Civil Veterinary Department ledger series I-VI
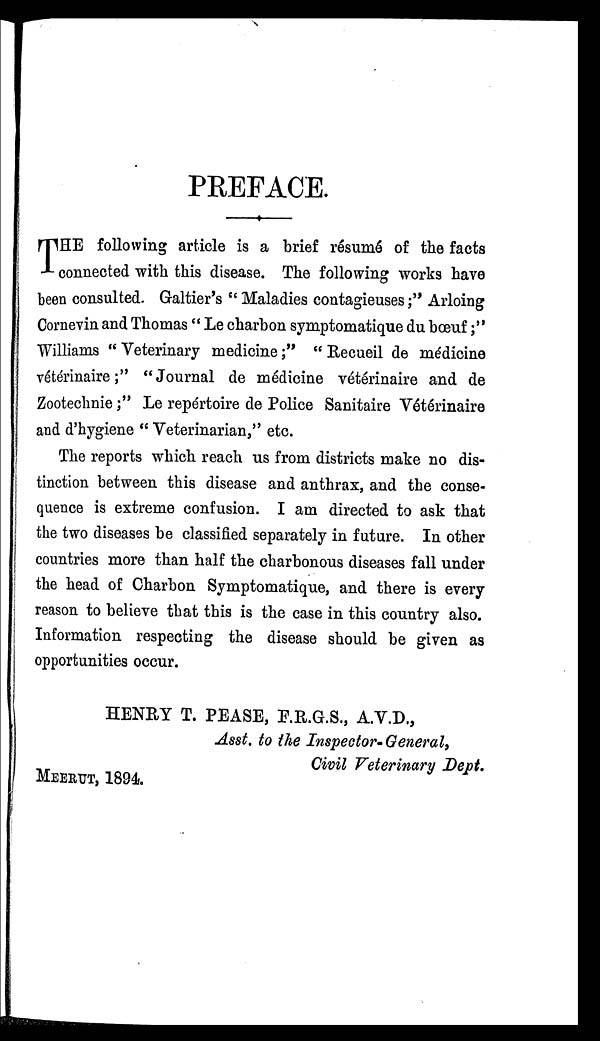
PREFACE.
T HE following article is a brief résumé of the facts
connected with this disease. The following works have
been consulted. Galtier's "Maladies contagieuses;" Arloing
Cornevin and Thomas "Le charbon symptomatique du bœuf;"
Williams "Veterinary medicine;" "Recueil de médicine
vétérinaire;" "Journal de médicine vétérinaire and de
Zootechnie;" Le repértoire de Police Sanitaire Vétérinaire
and d'hygiene "Veterinarian," etc.
The reports which reach us from districts make no dis-
tinction between this disease and anthrax, and the conse-
quence is extreme confusion. I am directed to ask that
the two diseases be classified separately in future. In other
countries more than half the charbonous diseases fall under
the head of Charbon Symptomatique, and there is every
reason to believe that this is the case in this country also.
Information respecting the disease should be given as
opportunities occur.
HENRY T. PEASE, F.R.G.S., A.V.D.,
Asst. to the Inspector-General,
Civil Veterinary Dept.
MEERUT, 1894.